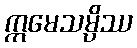
ဣမေသမ္ပိဿ